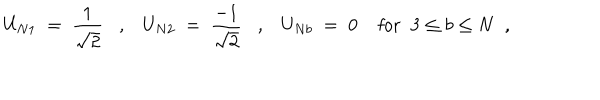
LaTeX: U _ { N 1 } \; = \; \frac { 1 } { \sqrt { 2 } } , U _ { N 2 } \; = \; \frac { - 1 } { \sqrt { 2 } } , U _ { N b } \; = \; 0 \; \mathrm { f o r } \; \; 3 \leq b \leq N \; \; ,